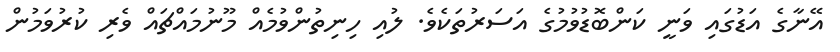
އޭނާގެ އަޑުގައި ވަނީ ކަންބޮޑުވުމުގެ އަސަރުތަކެވެ. ލުއި ހިނިތުންވުމެއް މޫނުމައްޗައް ވެރި ކުރުވަމުން